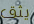
يثق